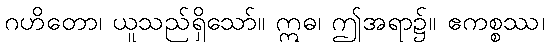
ဂဟိတော၊ ယူသည်ရှိသော်။ ဣဓ၊ ဤအရာ၌။ ဧကစ္စဿ၊